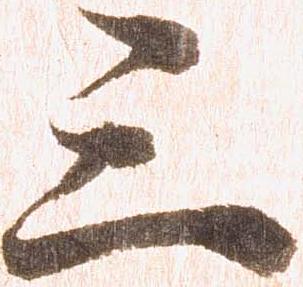
三